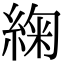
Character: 𮈜